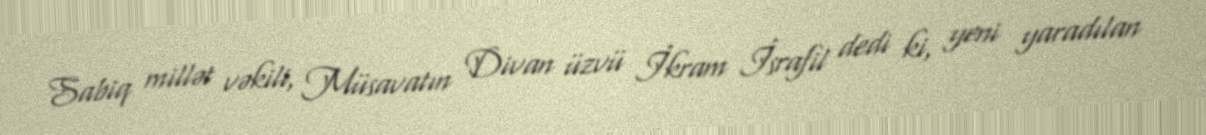
Sabiq millət vəkili, Müsavatın Divan üzvü İkram İsrafil dedi ki, yeni yaradılan